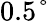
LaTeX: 0.5\textdegree